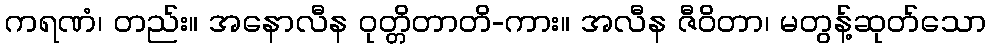
ကရဏံ၊ တည်း။ အနောလီန ဝုတ္တိတာတိ-ကား။ အလီန ဇီဝိတာ၊ မတွန့်ဆုတ်သော